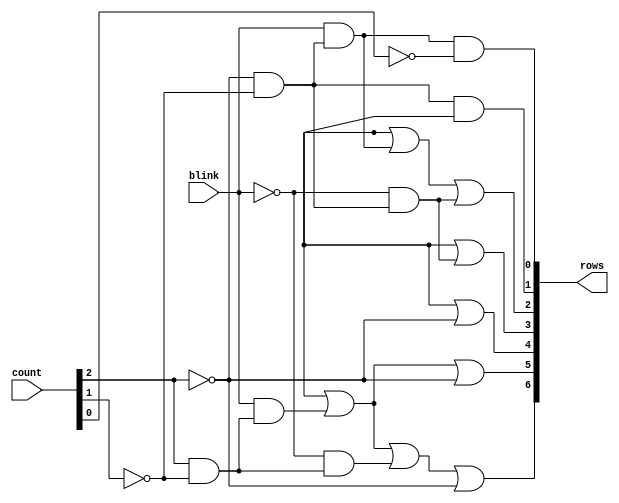
module decoder_rows(
    input blink,
    input [2:0] count,
    output [6:0] rows
);

/*

| blink | count |  rows   |
|   0   |   0   | ······· |
|   1   |   0   | ······• |
|   0   |   1   | ······• |
|   1   |   1   | ·····•• |
|   0   |   2   | ·····•• |
|   1   |   2   | ····••• |
|   0   |   3   | ····••• |
|   1   |   3   | ···•••• |
|   0   |   4   | ···•••• |
|   1   |   4   | ··••••• |
|   0   |   5   | ··••••• |
|   1   |   5   | ·•••••• |
|   0   |   6   | ·•••••• |
|   1   |   6   | ••••••• |
|   0   |   7   | ••••••• |
|   1   |   7   | ••••••• |
*/

/*
x0 = q2' · q1'
x1 = q2' · q1
x2 = q2 · q1'
x3 = q2 · q1

y0 = p · x0
y1 = p · x1
y2 = p · x2
y3 = p · x3

z0 = p' · x0
z1 = p' · x1
z2 = p' · x2
z3 = p' · x3
*/
wire [3:0] x, y, z;

and(x[0], !count[2], !count[1]);
and(x[1], !count[2], count[1]);
and(x[2], count[2], !count[1]);
and(x[3], count[2], count[1]);

and(y[0], blink, x[0]);
and(y[1], blink, x[1]);
and(y[2], blink, x[2]);
and(y[3], blink, x[3]);

and(z[0], !blink, x[0]);
and(z[1], !blink, x[1]);
and(z[2], !blink, x[2]);
and(z[3], !blink, x[3]);

// l0 = y0 · q0'
and(rows[0], y[0], !count[0]);

// l1 = x0 · (p + p' · q0')
and(aux[0], !blink, !count[0]);
or(aux[1], aux[0], blink);
and(rows[1], x[0], aux[1]);

// l2 = y0 + z0 + (y1 · q0')
and(aux[2], y[1], !count[0]);
or(rows[2], aux[2], y[0], z[0]);

// l3 = z0 + (p · q2') + (z1 · q0)
and(aux[3], blink, !count[2]);
and(aux[4], z[1], count[0]);
or(rows[3], aux[4], aux[3], z[0]);

// l4 = (y2 · q0') + q2'
and(aux[5], y[2], !count[0]);
or(rows[4], aux[5], !count[2]);

// l5 = (z2 · q0) + y2 + q2'
and(aux[6], z[2], count[0]);
or(rows[5], aux[6], y[2], !count[2]);

// l6 = (y3 · q0') + y2 + z2 + q2'
and(aux[7], y[3], !count[0]);
or(rows[6], aux[7], y[2], z[2], !count[2]);

endmodule